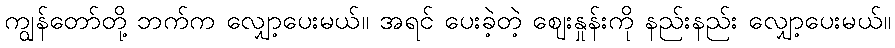
ကျွန်တော်တို့ ဘက်က လျှော့ပေးမယ်။ အရင် ပေးခဲ့တဲ့ ဈေးနှုန်းကို နည်းနည်း လျှော့ပေးမယ်။